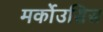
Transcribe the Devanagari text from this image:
मर्कोउसिस